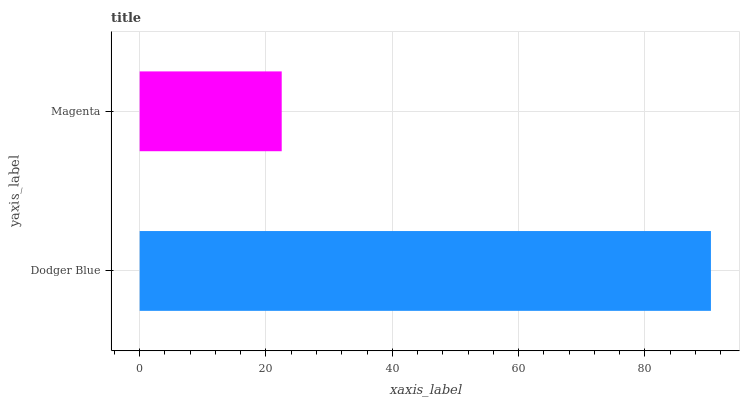
| yaxis_label | bars |
 | --- | --- |
 | Dodger Blue | 90.5 |
 | Magenta | 22.5 |